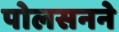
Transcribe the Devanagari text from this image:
पोलसनने